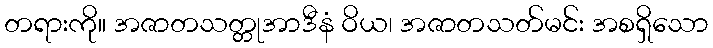
တရားကို။ အဇာတသတ္တုအာဒီနံ ဝိယ၊ အဇာတသတ်မင်း အစရှိသော